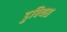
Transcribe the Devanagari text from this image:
डुबियस